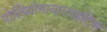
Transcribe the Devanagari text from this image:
पोलियोमायालाइटिस